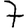
Digit: 7